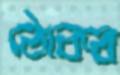
ঠোকর